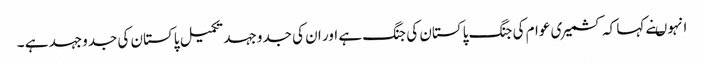
انہوںنے کہا کہ کشمیری عوام کی جنگ پاکستان کی جنگ ہے اور ان کی جدوجہد تکمیل پاکستان کی جدوجہد ہے ۔